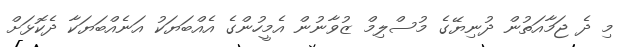
މި ދެ ޖަމާއަތުން ދުނިޔޭގެ މުސްލިމް ޒުވާނުން އެމީހުންގެ އެއްބަޔަކު އަނެއްބަޔަކާ ދެކޮޅަށް